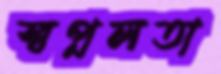
স্বপ্নলতা